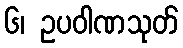
၆၊ ဥပဝါဏသုတ်